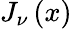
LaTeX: J_{\nu}\left(x\right)